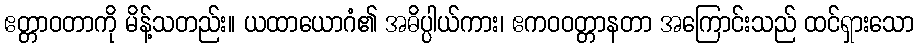
ဧတ္တာဝတာကို မိန့်သတည်း။ ယထာယောဂံ၏ အဓိပ္ပါယ်ကား၊ ဧကဝဝတ္တာနတာ အကြောင်းသည် ထင်ရှားသော